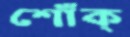
শোঁক্‌